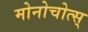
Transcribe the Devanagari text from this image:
मोनोचोत्स्